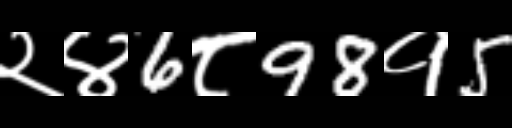
Text: २४6८98१5